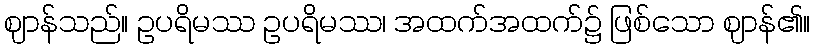
ဈာန်သည်။ ဥပရိမဿ ဥပရိမဿ၊ အထက်အထက်၌ ဖြစ်သော ဈာန်၏။